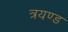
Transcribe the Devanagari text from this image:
त्रयण्ड